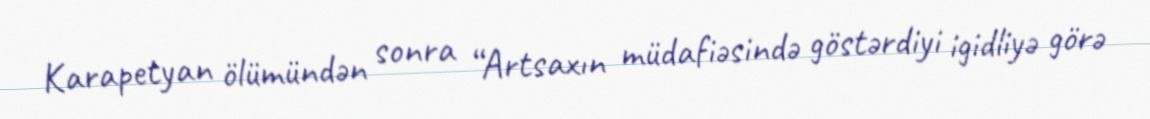
Karapetyan ölümündən sonra “Artsaxın müdafiəsində göstərdiyi igidliyə görə